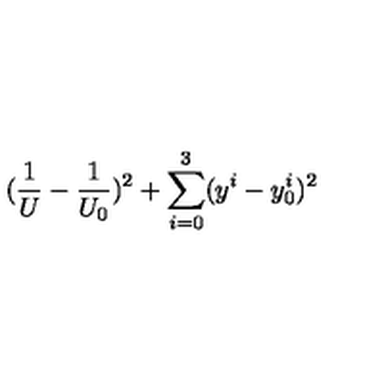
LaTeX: ( \frac { 1 } { U } - \frac { 1 } { U _ { 0 } } ) ^ { 2 } + \sum _ { i = 0 } ^ { 3 } ( y ^ { i } - y _ { 0 } ^ { i } ) ^ { 2 }